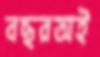
বছরঅই